Lunatic asylums Burma 1907-21 - 1907-1921
Year: 1907
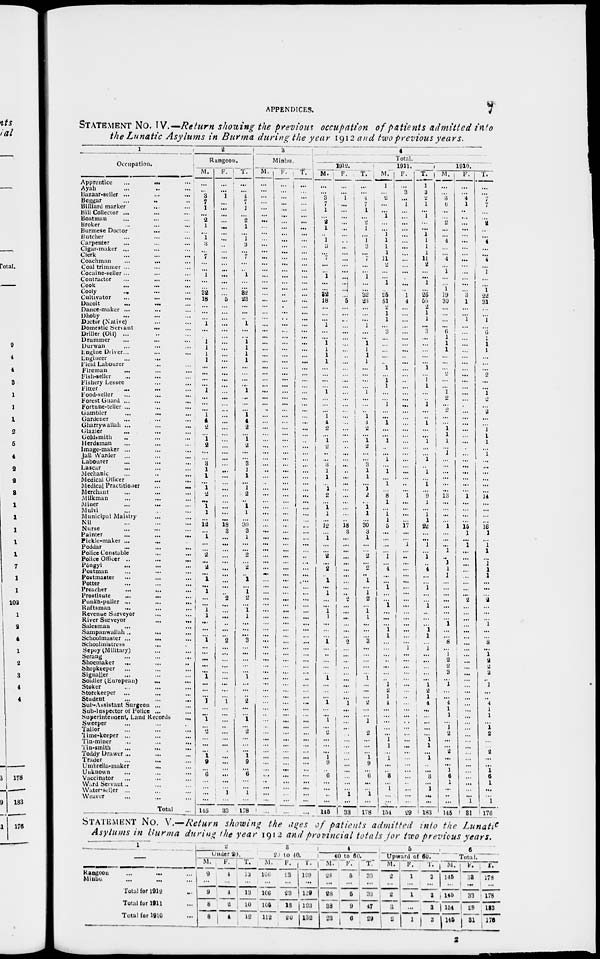
APPENDICES.
7
STATEMENT NO. IV.—Return showing the previous occupation of patients admitted into
the Lunatic Asylums in Burma during the year 1912 and two previous years.
1
Occupation.
Apprentice
...
...
...
Ayah ... ... ...
Bazaar-seller ...
...
...
Beggar ... ... ...
Billiard marker ... ... ...
Bill Collector ... ... ... ...
Boatman ... ... ...
Broker ... ... ...
Burmese Doctor ... ... ...
Butcher ... ... ...
Carpenter ... ... ...
Cigar-maker ... ... ...
Clerk ... ... ...
Coachman
...
...
...
Coal trimmer ... ... ...
Cocaine-seller ... ... ...
Contractor ... ... ...
Cook ... ... ...
Cooly ... ... ...
Cultivator ... ... ...
Dacoit
...
...
...
Dance-maker ...
...
...
Dhoby ... ... ...
Doctor (Native) ... ... ...
Domestic Servant
... ...
Driller (Oil) ... ... ...
Drummer ... ... ...
Durwan ... ... ...
Engine Driver... ... ...
Engineer ... ... ...
Field Labourer ... ...
Fireman
... ... ...
Fish-seller
...
...
...
Fishery Lessee
...
...
Fitter ... ... ...
Food-seller
...
...
...
Forest Guard ... ... ...
Fortune-teller ... ... ...
Gambler
...
...
...
Gardener ... ... ...
Gharry wallah ... ... ...
Glazier ... ... ...
Goldsmith ... ... ...
Herdsman ... ... ...
Image-maker ... ... ...
Jail Warder ... ... ...
Labourer ... ... ...
Lascar ... ... ...
Mechanic ... ... ...
Medical Officer ... ...
Medical Practitioner ... ...
Merchant ... ... ...
Milkman ... ... ...
Miner ... ... ...
Mulvi ... ... ...
Municipal Maistry ... ...
Nil ... ... ...
Nurse ... ... ...
Painter
...
...
...
Pickle-maker ... ... ...
Poddar ... ... ...
Police Constable ... ... ...
Police Officer ... ... ...
Pôngyi ... ... ...
Postman ... ... ...
Postmaster ... ... ...
Potter ... ... ...
Preacher ... ... ...
Prostitute ... ... ...
Punka-puller ... ... ...
Raftsman ... ... ...
Revenue Surveyor ... ...
River Surveyor
...
...
...
Salesman ... ... ...
Sampanwallah ... ... ...
Schoolmaster ...
... ...
Schoolmistress ... ... ...
Sepoy (Military) ... ... ...
Serang ... ... ...
Shoemaker ... ... ...
Shopkeeper ... ... ...
Signaller ... ... ...
Soldier (European) ... ...
Stoker ... ... ...
Storekeeper ... ... ...
Student ... ... ...
Sub-Assistant Surgeon ... ...
Sub-Inspector of Police ... ...
Superintendent, Land Records
...
Sweeper ... ... ...
Tailor ... ... ...
Time-keeper ... ... ...
Tin-miner ... ... ...
Tin-smith ... ... ...
Toddy Drawer ... ... ...
Trader ... ... ...
Umbrella-maker ... ... ...
Unknown ... ... ...
Vaccinator ... ... ...
Ward Servant ... ... ...
Water-seller ... ... ...
Weaver ... ... ...
Total ...
2
Rangoon.
M.
...
...
3
7
1
...
2
1
...
1
3
...
7
...
...
1
...
...
32
18
...
...
...
1
...
...
1
1
1
1
...
...
...
...
1
...
...
...
1
4
2
...
1 2
...
...
3
1
1
...
1 2
...
1
1
...
12
...
1
...
...
2
...
2
...
1
...
1
...
...
1
1
...
...
...
1
...
...
...
...
...
1
...
...
...
1
...
...
1
...
2
... ...
...
1
9
...
6
...
...
...
...
145
F.
...
...
1
...
...
...
...
...
...
...
...
...
...
...
...
...
...
...
...
5
...
...
...
...
...
...
...
...
...
...
...
...
...
...
...
...
...
...
...
...
...
...
...
...
...
...
...
...
...
...
...
...
...
...
...
...
18
3
...
...
...
...
...
...
...
...
...
...
2
...
...
...
...
...
...
2
...
...
...
...
...
...
...
...
...
1
...
...
...
...
...
...
...
...
...
...
...
...
...
...
1
...
33
T.
...
...
4
7
1
...
2
1
...
1
3
...
7
...
...
1
...
...
32
23
...
...
...
1
...
...
1
1
1
1
...
...
...
...
1
...
...
...
1
4
2
...
1
2
...
...
3
1
1
...
1
2
...
1
1
...
30
3
1
...
...
2
...
2
...
1
...
1 2
...
1
1
...
...
...
3
...
...
...
...
...
1
...
...
...
2
...
...
1
...
2
...
...
...
1
9
...
6
...
...
1
...
178
3
Minbu.
M.
...
...
...
...
...
...
...
...
...
...
...
...
...
...
...
...
...
...
...
...
...
...
...
...
...
...
...
...
...
...
...
...
...
...
...
...
...
...
...
...
...
...
...
...
...
...
...
...
...
...
...
...
...
...
...
...
...
...
...
...
...
...
...
...
...
...
...
...
...
...
...
...
...
...
...
...
...
...
...
...
...
...
...
...
...
...
...
...
...
...
...
...
...
...
...
...
...
...
...
...
...
...
...
F.
...
...
...
...
...
...
...
...
...
...
...
...
...
...
...
...
...
...
...
...
...
...
...
...
...
...
...
...
...
...
...
...
...
...
...
...
...
...
...
...
...
...
...
...
...
...
...
...
...
...
...
...
...
...
...
...
...
...
...
...
...
...
...
...
...
...
...
...
...
...
...
...
...
...
...
...
...
...
...
...
...
...
...
...
...
...
...
...
...
...
...
...
...
...
...
...
...
...
...
...
...
...
...
T.
...
...
...
...
...
...
...
...
...
...
...
...
...
...
...
...
...
...
...
...
...
...
...
...
...
...
...
...
...
...
...
...
...
...
...
...
...
...
...
...
...
...
...
...
...
...
...
...
...
...
...
...
...
...
...
...
...
...
...
...
...
...
...
...
...
...
...
...
...
...
...
...
...
...
...
...
...
...
...
...
...
...
...
...
...
...
...
...
...
...
...
...
...
...
...
...
...
...
...
...
...
...
...
4
Total.
1912.
M.
...
...
3
7
1
...
2
1
...
1
3
...
7
...
...
1
...
...
32
18
...
...
...
1
...
...
1
1
1
1
...
...
...
...
1
...
...
...
1
4
2
...
1
2
...
...
3
1
1
...
1
2
...
1 1
...
12
...
1
...
...
2
... 2
...
1
...
1
...
...
1
1
...
...
...
1
...
...
...
...
...
1
...
...
...
1
...
...
1
...
2
...
...
...
1
9
...
6
...
...
...
...
145
F.
...
...
1
...
...
...
...
...
...
...
...
...
...
...
...
...
...
...
...
5
...
...
...
...
...
...
...
...
...
...
...
...
...
...
...
...
...
...
...
...
...
...
...
...
...
...
...
...
...
...
...
...
...
...
...
...
18
3
...
...
...
...
...
...
...
...
...
...
2
...
...
...
...
...
...
2
...
...
...
...
...
...
...
...
...
1
...
...
...
...
...
...
...
...
...
...
...
...
...
...
1
...
33
T.
...
...
4
7
1
...
2
1
...
1
3
...
7
...
...
1
...
...
32
24
...
...
...
1
...
...
1
1
1
1
...
...
...
...
1
...
...
...
1
4
2
...
1
2
...
...
3
1
1
...
1
2
...
1
1
...
30
3
1
...
...
2
...
2
...
1
...
1
2
...
1
1
...
...
...
3
...
...
...
...
...
1
...
...
...
2
...
...
1
...
2
...
...
...
1 9
...
6
...
...
1
...
178
1911.
M.
1
...
2
...
...
1
...
...
1
1
1
1
11
2
...
...
1
...
25
51
2
1
1
...
3
...
...
...
...
...
1
...
1
1
...
...
1
...
...
1
...
...
1
...
...
1
...
1
...
1
...
8 1
...
1 1
5
...
...
...
...
1
...
4
...
...
1
...
...
1
...
...
...
1
1
...
...
...
...
...
...
...
1
2
1
4
...
...
...
...
...
1
1
...
1
...
...
3
...
1
...
...
154
F.
...
3
...
1
...
...
...
...
...
...
...
...
...
...
...
...
...
...
1
4
...
...
...
...
...
...
...
...
...
....
...
...
...
...
...
...
...
...
...
...
...
...
...
...
...
...
...
...
...
...
...
1
...
...
...
...
17
...
...
1
...
...
...
...
...
...
...
...
...
...
...
...
...
...
...
...
1
...
...
...
...
...
...
...
...
...
...
...
...
...
...
...
...
...
...
...
...
...
...
...
...
...
29
T.
1
3
2
1
...
1
...
...
1
1
1 1
11
2
...
...
1
...
26
55
2
1
1
...
3
...
...
...
...
...
1
...
1 1
...
...
1
...
...
1
...
...
1
...
...
1
...
1
...
1
...
9
1
...
1
1
22
...
...
1
...
1
...
4
...
...
1
...
...
1
...
...
...
1
1
...
1
...
...
...
...
... 1
2
1
4
...
...
...
...
...
1
1
...
1
...
...
3
...
1
...
...
183
1910.
M.
...
...
3
6
...
...
2
...
...
4
...
...
4
...
1
...
...
1
19
30
...
...
... ...
6
1
1
1
...
...
...
2
...
...
1
2
...
2
... ...
1
1
1
...
1
... ...
...
...
...
...
13
...
...
...
...
1
...
...
...
1
... 1
1
1
...
...
...
...
...
...
...
1
... ...
8
...
1
2
2
3
...
1
...
...
4
1
1
...
1
2
...
...
2
...
...
1
6
1
...
...
...
145
F.
...
...
4
1
...
...
...
...
...
...
...
...
...
...
...
...
...
...
3
1
...
...
1
...
... ... ...
...
...
...
...
...
...
...
...
...
... ...
...
...
...
... ...
... ...
...
...
...
...
...
...
1
... ...
...
...
15
1
... 1
...
...
...
... ...
...
... ...
2
...
...
...
... ...
... ...
... ...
...
...
... ...
...
...
...
...
...
...
...
...
...
...
...
...
...
...
...
...
...
...
...
1
81
T.
...
...
7
7
...
...
2
...
...
4
...
...
4
...
1
...
...
1
22
31
...
... 1
...
6
1
1
1
...
...
...
2
...
...
1
2
... 2
...
...
1
1
1
...
1
...
...
...
... ...
...
14
...
...
...
... 16
1
... 1
1
...
1 1
1
...
...
...
2
...
...
...
1
...
...
8
...
1
2
2
3
..
1
...
...
4
1
1
...
1
2
...
...
2
...
...
1
6
1
...
...
1
176
STATEMENT NO. V.—Return showing the ages of patients admitted into the Lunatic
Asylums in Burma during the year 1912 and provincial totals for two previous years.
1
—
Rangoon
...
...
...
Minbu ... ... ...
Total for 1912 ...
Total for 1911 ...
Total for 1910 ...
2
Under 20.
M.
9
...
9
8
8
F.
4
...
4
2
1
T.
13
...
13
10
12
3
20 to 40.
M.
106
...
106
106
112
F.
23
...
23
13
20
T.
129
...
129
123
132
4
40 to 60.
M.
28
...
28
38
23
F.
5
...
5
9
6
T.
33
...
33
47
29
5
Upward of 60.
M.
2
...
2
3
2
F.
1
...
1
...
1
T.
3
...
3
3
3
6
Tota1.
M.
145
...
145
154
145
F.
33
...
33
29
31
T.
178
...
178
183
176
2